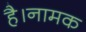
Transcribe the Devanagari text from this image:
है।नामक